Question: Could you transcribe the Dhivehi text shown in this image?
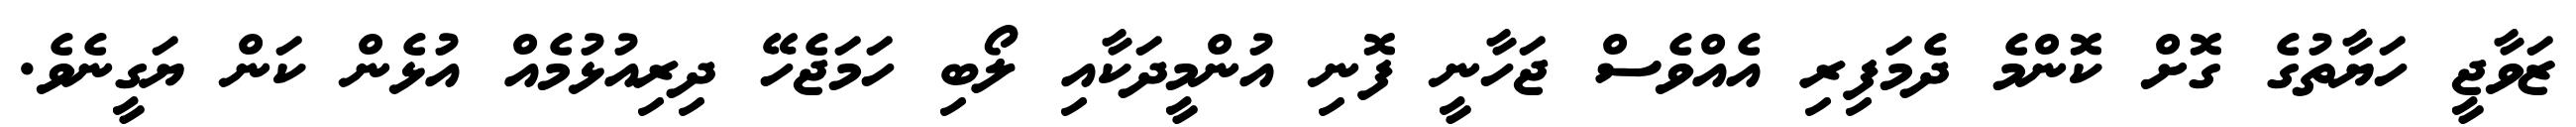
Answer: ޒަވާޖީ ހަޔާތުގެ ގޮށް ކޮންމެ ދެމަފިރި އެއްވެސް ޖަހާނީ ފޮނި އުންމީދަކާއި ލޯބި ހަމަޖެހޭ ދިރިއުޅުމެއް އުޅެން ކަން ޔަގީނެވެ.